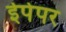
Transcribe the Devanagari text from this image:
ईपेपर